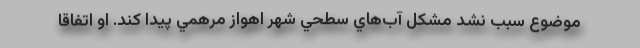
موضوع سبب نشد مشكل آب‌هاي سطحي شهر اهواز مرهمي پيدا كند. او اتفاقا